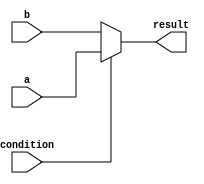
module if_else_ternary (
    input wire condition,
    input wire [3:0] a,
    input wire [3:0] b,
    output reg [3:0] result
);

always @(*) begin
    result = condition ? a : b;
end

endmodule